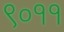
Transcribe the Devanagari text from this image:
९०११